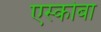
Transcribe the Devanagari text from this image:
एस्कोबा